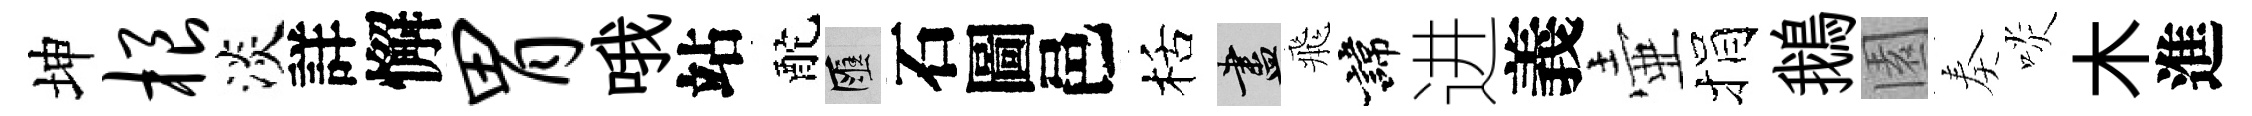
坤根淡詳懈胃哦站酡匯石圖邑栝盡飛諱进義壷捐鵝園奏啖木進